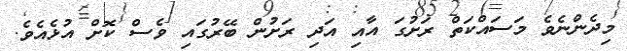
މިދެންނެވެ މަސައްކަތް ރަށުގަ އާއި އަދި ރަށުން ބޭރުގައި ވެސް ކޮށް އުޅެއެވެ.